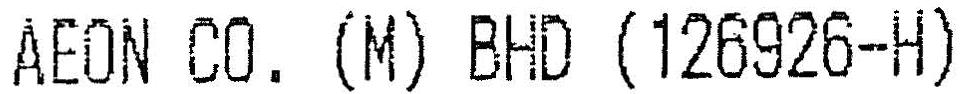
AEON CO. (M) BHD (126926-H)